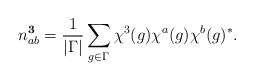
\begin{align*}n_{ab}^{\bf 3} = \frac{1}{|\Gamma|} \sum_{g \in \Gamma}\chi^3(g) \chi^a(g) \chi^b(g)^*.\end{align*}